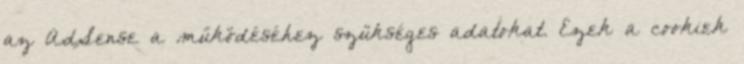
az AdSense a működéséhez szükséges adatokat. Ezek a cookiek